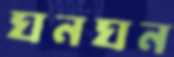
ঘনঘন